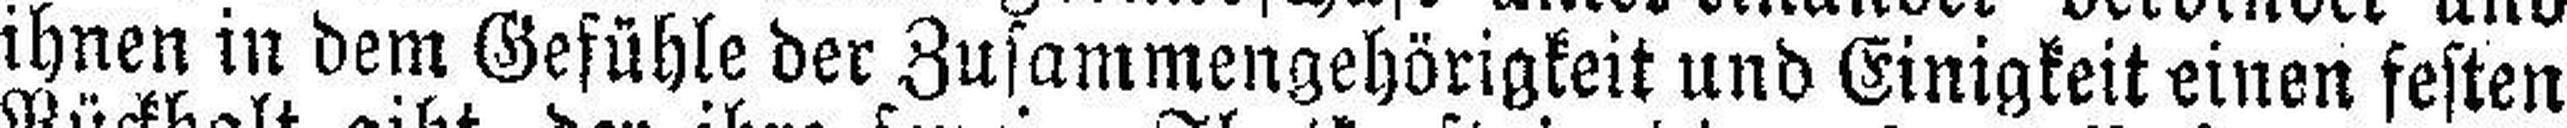
ihnen in dem Gefühle der Zusammengehörigkeit und Einigkeit einen festen